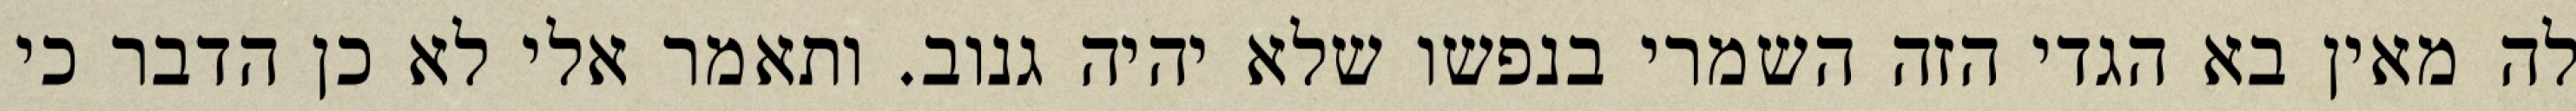
לה מאין בא הגדי הזה השמרי בנפשו שלא יהיה גנוב. ותאמר אלי לא כן הדבר כי